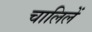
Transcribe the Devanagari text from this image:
चालिलें